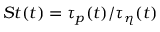
S t ( t ) = \tau _ { p } ( t ) / \tau _ { \eta } ( t )